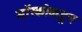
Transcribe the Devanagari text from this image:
मॉस्कोकडून